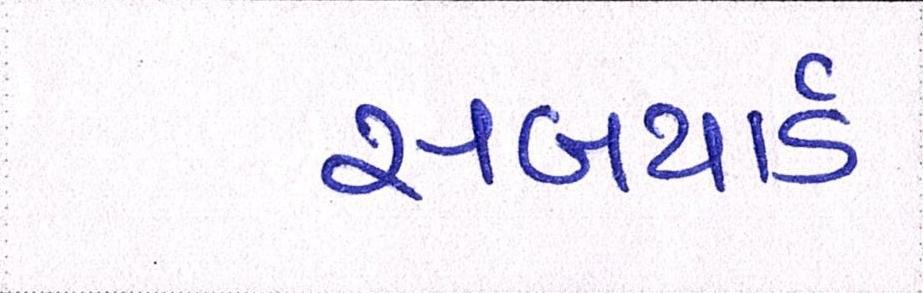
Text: સબયાર્ડ